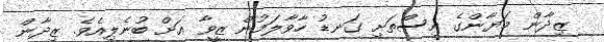
ޒިދާން މަޔާންގެ އިސްތަށި ގަނޑު ހާވާލަމުން ޒީވާ އަށް ބުނެލިއެވެ. ޒިދާން